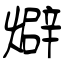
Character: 𤐙